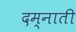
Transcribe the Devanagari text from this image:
दम्नाती